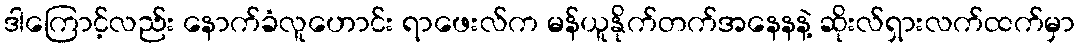
ဒါကြောင့်လည်း နောက်ခံလူဟောင်း ရာဖေးလ်က မန်ယူနိုက်တက်အနေနနဲ့ ဆိုးလ်ရှားလက်ထက်မှာ